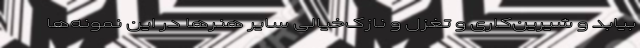
بیابد و شیرین‌کاری و تغزل و نازک‌خیالیِ سایر هنرها در این نمونه‌ها